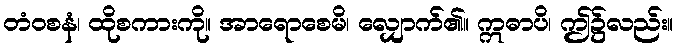
တံဝစနံ၊ ထိုစကားကို။ အာရောစေမိ၊ လျှောက်၏။ ဣဓာပိ၊ ဤ၌လည်း။